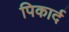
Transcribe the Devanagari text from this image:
पिकार्द